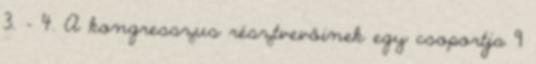
3. - 4. A kongresszus résztvevőinek egy csoportja 9